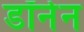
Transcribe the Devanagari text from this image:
डॉनेन